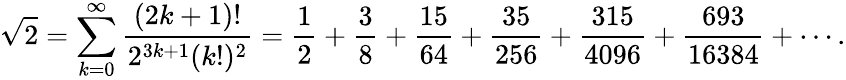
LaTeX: {\sqrt{2}}=\sum_{k=0}^{\infty}{\frac{(2k+1)!}{2^{3k+1}(k!)^{2}}}={\frac{1}{2}}+{\frac{3}{8}}+{\frac{15}{64}}+{\frac{35}{256}}+{\frac{315}{4096}}+{\frac{693}{16384}}+\cdots.